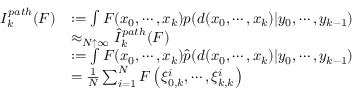
{ \begin{array} { r l } { I _ { k } ^ { p a t h } ( F ) } & { : = \int F ( x _ { 0 } , \cdots , x _ { k } ) p ( d ( x _ { 0 } , \cdots , x _ { k } ) | y _ { 0 } , \cdots , y _ { k - 1 } ) } \\ & { \approx _ { N \uparrow \infty } { \widehat { I } } _ { k } ^ { p a t h } ( F ) } \\ & { : = \int F ( x _ { 0 } , \cdots , x _ { k } ) { \widehat { p } } ( d ( x _ { 0 } , \cdots , x _ { k } ) | y _ { 0 } , \cdots , y _ { k - 1 } ) } \\ & { = { \frac { 1 } { N } } \sum _ { i = 1 } ^ { N } F \left( \xi _ { 0 , k } ^ { i } , \cdots , \xi _ { k , k } ^ { i } \right) } \end{array} }